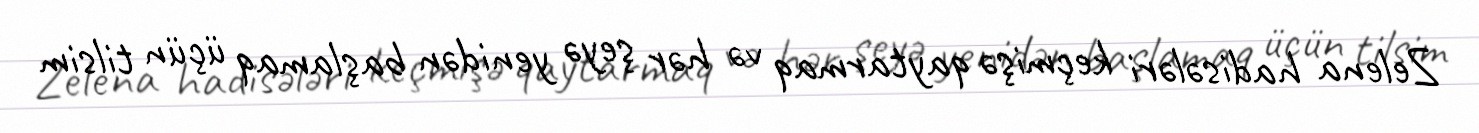
Zelena hadisələri keçmişə qaytarmaq və hər şeyə yenidən başlamaq üçün tilsim